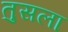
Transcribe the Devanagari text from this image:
तुसला